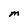
Character: M